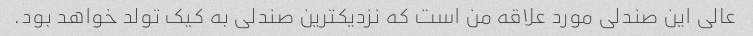
عالی این صندلی مورد علاقه من است که نزدیکترین صندلی به کیک تولد خواهد بود.